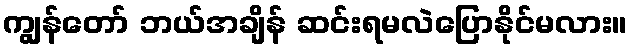
ကျွန်တော် ဘယ်အချိန် ဆင်းရမလဲပြောနိုင်မလား။